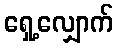
ရှေ့လျှောက်